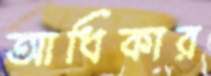
আধিকার